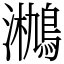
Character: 𤄄